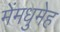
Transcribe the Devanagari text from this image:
मेंमधुमेह